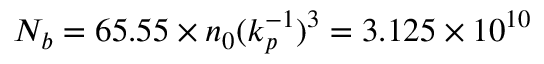
N _ { b } = 6 5 . 5 5 \times n _ { 0 } ( k _ { p } ^ { - 1 } ) ^ { 3 } = 3 . 1 2 5 \times 1 0 ^ { 1 0 }